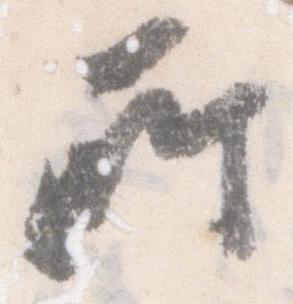
所